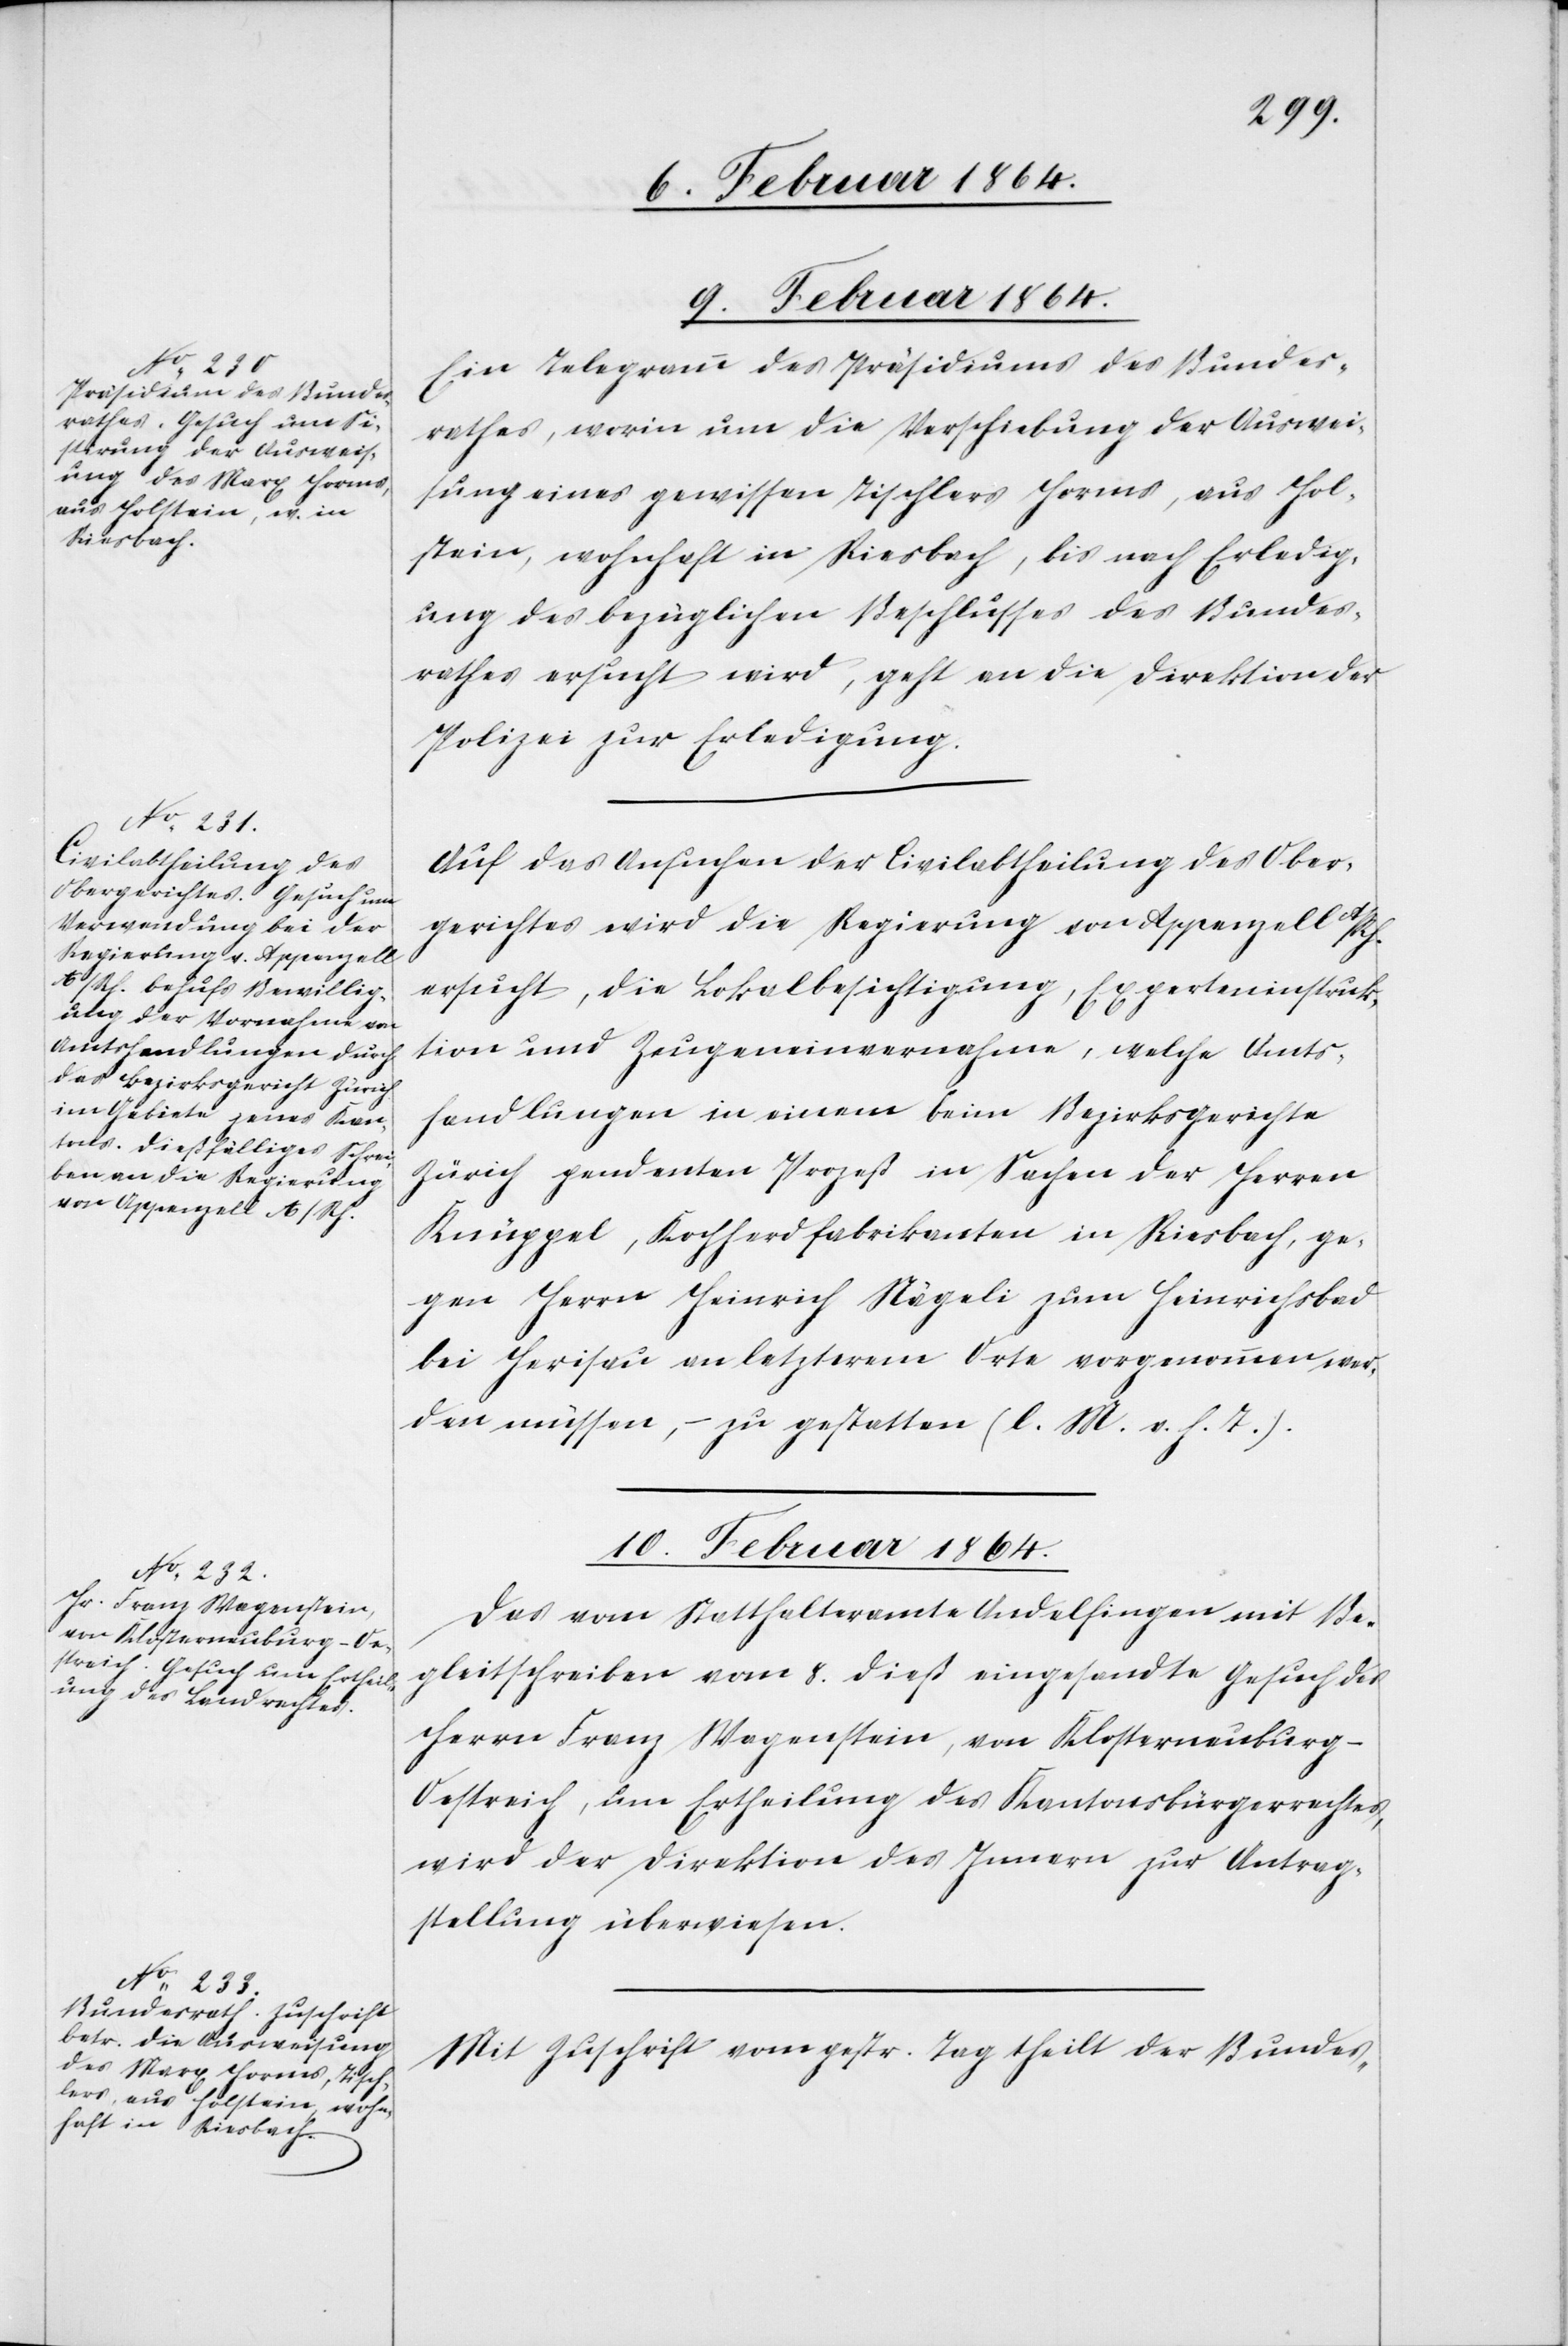
9. Februar 1864.]
Ein Telegramm des Präsidiums des Bundes¬
rathes, worin um die Verschiebung der Auswei¬
sung eines gewissen Tischlers Horms, aus Hol¬
stein, wohnhaft in Riesbach, bis nach Erledig¬
ung des bezüglichen Beschlusses des Bundes¬
rathes ersucht wird, geht an die Direktion der
Polizei zur Erledigung.
Auf das Ansuchen der Civilabtheilung des Ober¬
gerichtes wird die Regierung von Appenzell A/Rh.
ersucht, die Lokalbesichtigung, Experteninstruk¬
tion und Zeugeneinvernahme, welche Amts¬
handlungen in einem beim Bezirksgerichte
Zürich pendenten Prozeß in Sachen der Herren
Knüppel, Kochherdfabrikanten in Riesbach, ge¬
gen Herrn Heinrich Nägeli zum Heinrichbad
bei Herisau an letzterem Orte vorgenommen wer¬
den müssen, – zu gestatten (l. M. v. h. T.).
10. Februar 1864.]
Das vom Statthalteramte Andelfingen mit Be¬
gleitschreiben vom 8. dieß eingesandte Gesuch des
Herrn Franz Wagenstein, von Klosterneuburg
Oestreich, um Ertheilung des Kantonsbürgerrechtes,
wird der Direktion des Innern zur Antrag¬
stellung überwiesen.
Mit Zuschrift vom gestr. Tag theilt der Bundes-